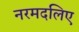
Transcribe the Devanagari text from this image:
नरमदलिए